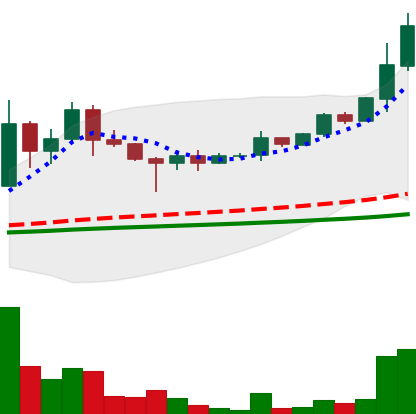
Ticker: DOGE-USD
Chart end date: 2021-05-05
Forward return: -31.578%
Label: down_7plus